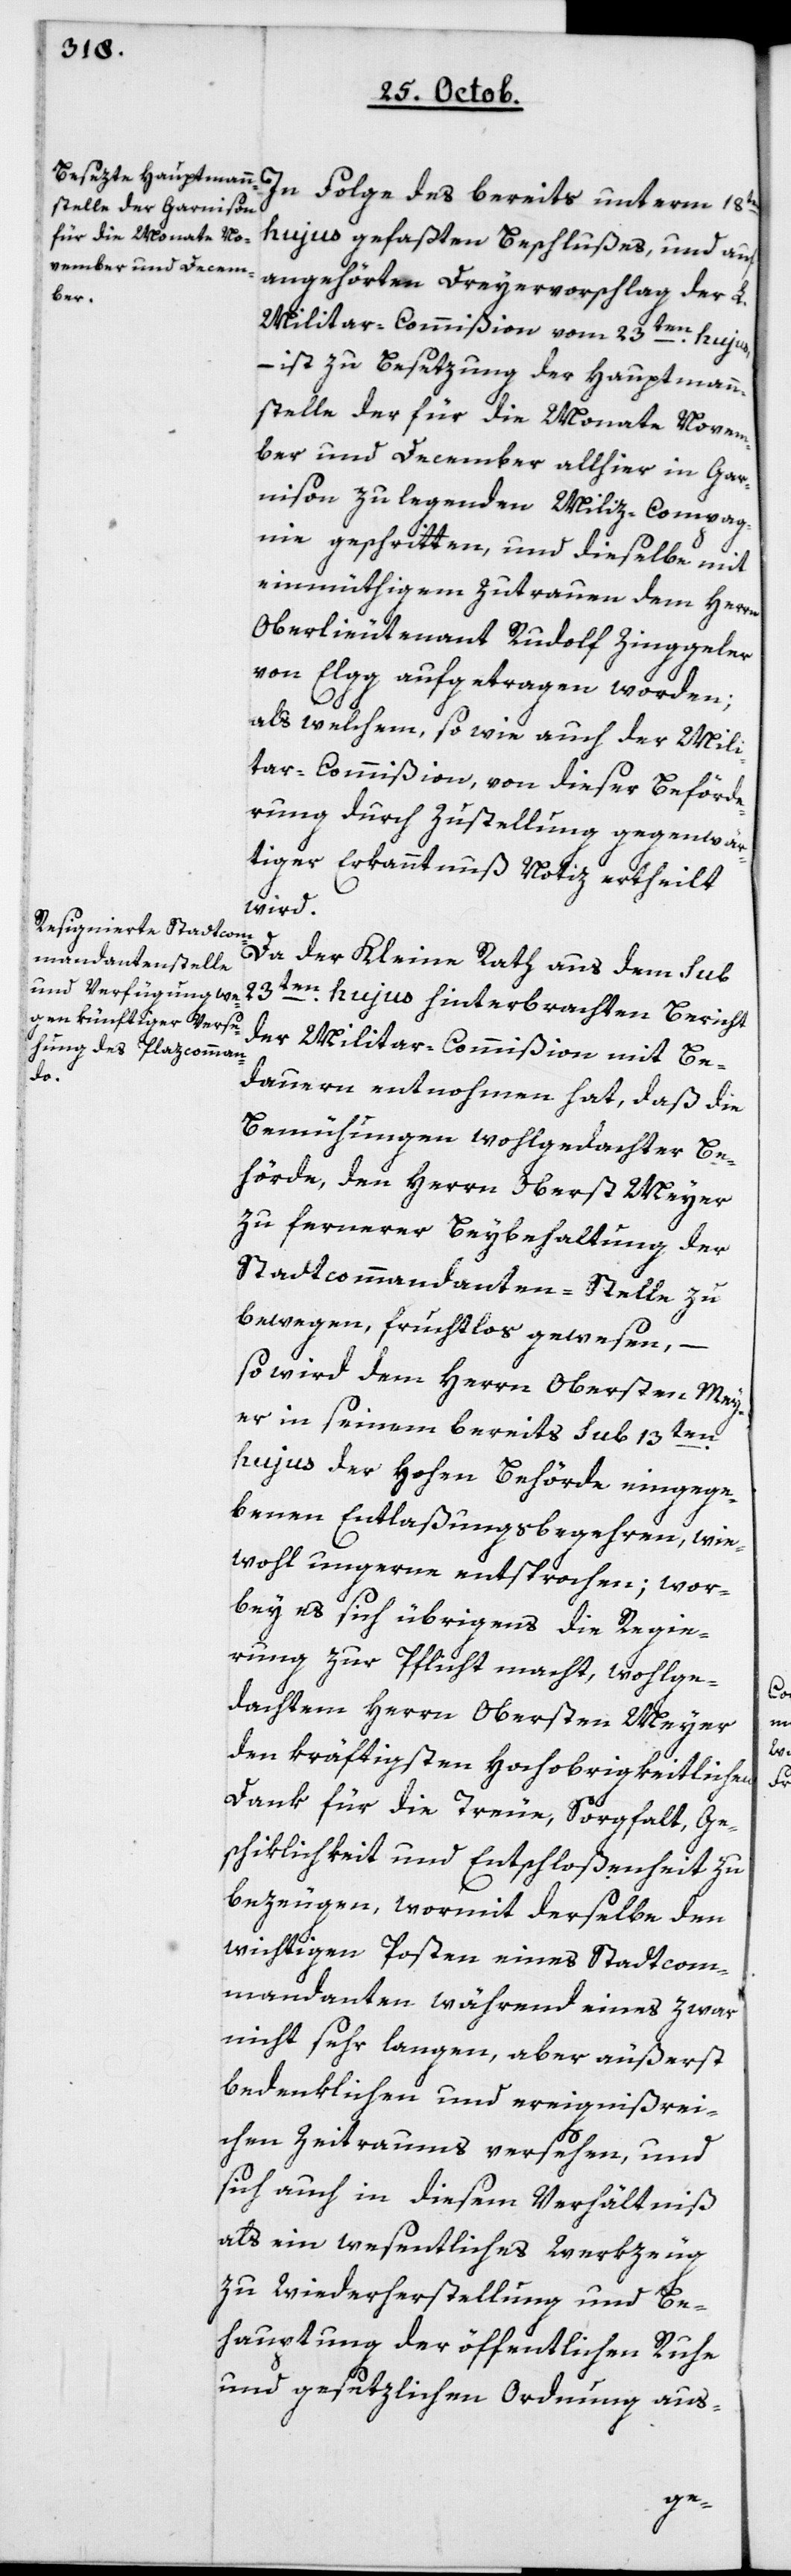
In Folge des bereits unterm 18ten
hujus gefaßten Beschlußes, und auch
angehörten Dreyervorschlag der L.
Militar-Commißion vom 23ten hujus,
– ist zu Besetzung der Hauptmann¬
stelle der für die Monate Novem¬
ber und December allhier in Gar¬
nison zu legenden Miliz-Compag¬
nie geschritten, und dieselbe mit
einmüthigem Zutrauen dem Herrn
Oberlieutenant Rudolf Zinggeler
von Elgg aufgetragen worden;
als welchem, so wie auch der Mili¬
tar-Commißion, von dieser Beförde¬
rung durch Zustellung gegenwär¬
tiger Erkanntnuß Notiz ertheilt
wird.
Da der Kleine Rath aus dem sub
23ten hujus hinterbrachten Bericht
der Militar-Commißion mit Be¬
dauern entnommen hat, daß die
Bemühungen wohlgedachter Be¬
hörde, den Herrn Oberst Meyer
zu fernerer Beybehaltung der
Stadtcommandanten-Stelle zu
bewegen, fruchtlos gewesen, –
so wird dem Herrn Obersten Mey¬
er in seinem bereits sub 13ten
hujus der Hohen Behörde eingege¬
benen Entlaßungs-Begehren, wie¬
wohl ungern entsprochen; wor¬
bey es sich übrigens die Regie¬
rung zur Pflicht macht, wohlge¬
dachtem Herrn Obersten Meyer
den kräftigsten hochobrigkeitlichen
Dank für die Treue, Sorgfalt, Ge¬
schiklichkeit und Entschloßenheit zu
bezeugen, wormit derselbe den
wichtigen Posten eines Stadtcom¬
mandanten während eines zwar
nicht sehr langen, aber äußerst
bedenklichen und ereignisrei¬
chen Zeitraums versehen, und
sich auch in diesem Verhältnis
als ein wesentliches Werkzeug
zu Wiederherstellung und Be¬
hauptung der öffentlichen Ruhe
und gesetzlichen Ordnung aus-